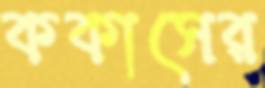
ককাসের